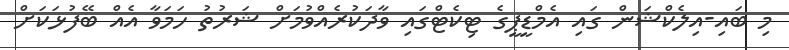
މި ބައި-އިލެކްޝަން ގައި އެމްޑީޕީގެ ޓިކެޓްގައި ވާދަކުރެއްވުމަށް ޝަރުތު ހަމަވާ އެއް ބޭފުޅަކަށް